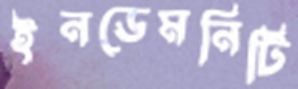
ইনডেমনিটি